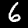
Digit: 6